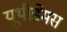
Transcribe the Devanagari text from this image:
यूथीडेमस